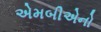
એમબીએનો